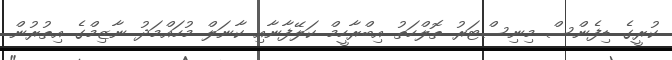
ކުރީގެ ޑިފެންސް މިނިސްޓަރު ތޮލްހަތު އިބްރާހީމް ކަލޭފާނާއި ކާނަލް މުހައްމަދު ނާޒިމްގެ އިތުރުން